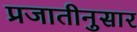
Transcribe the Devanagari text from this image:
प्रजातीनुसार